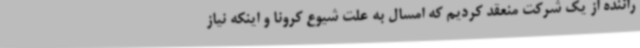
راننده از یک شرکت منعقد کردیم که امسال به علت شیوع کرونا و اینکه نیاز